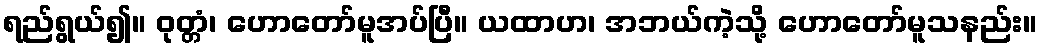
ရည်ရွယ်၍။ ဝုတ္တံ၊ ဟောတော်မူအပ်ပြီ။ ယထာဟ၊ အဘယ်ကဲ့သို့ ဟောတော်မူသနည်း။